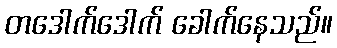
တဒေါက်ဒေါက် ခေါက်နေသည်။